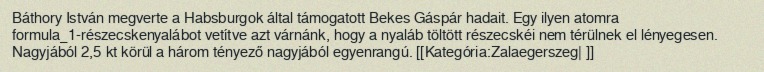
Báthory István megverte a Habsburgok által támogatott Bekes Gáspár hadait. Egy ilyen atomra formula_1-részecskenyalábot vetítve azt várnánk, hogy a nyaláb töltött részecskéi nem térülnek el lényegesen. Nagyjából 2,5 kt körül a három tényező nagyjából egyenrangú. [[Kategória:Zalaegerszeg| ]]